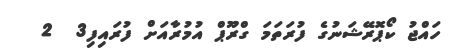
ހައްޖު ކޯޕޮރޭޝަނުގެ ފުރަތަމަ ގްރޫޕް އުމުރާއަށް ފުރައިފި3  2